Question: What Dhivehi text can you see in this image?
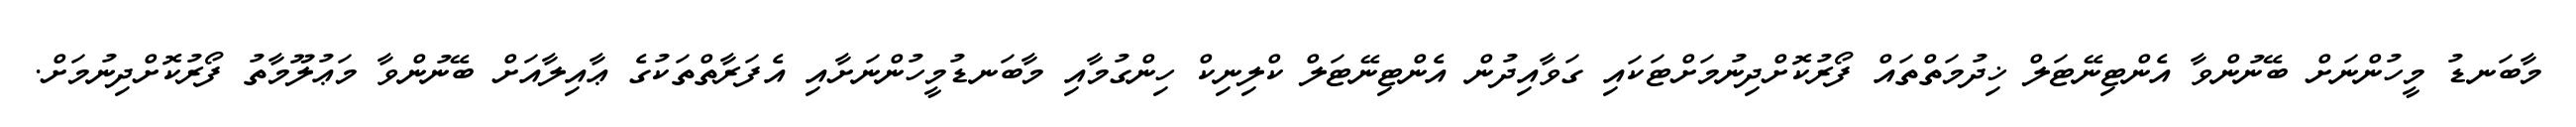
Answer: މާބަނޑު މީހުންނަށް ބޭނުންވާ އެންޓިނޭޓަލް ޚިދުމަތްތައް ފޯރުކޮށްދިނުމަށްޓަކައި ގަވާއިދުން އެންޓިނޭޓަލް ކްލިނިކް ހިންގުމާއި މާބަނޑުމީހުންނަށާއި އެފަރާތްތަކުގެ ޢާއިލާއަށް ބޭނުންވާ މަޢުލޫމާތު ފޯރުކޮށްދިނުމަށް.